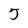
Character: 5